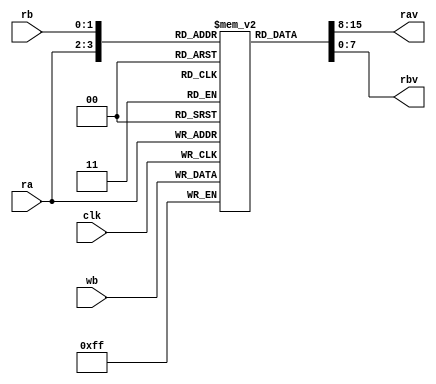
module registerFile(ra,rb,rav,rbv,wb,clk);

input [1:0]ra;
input [1:0]rb;
input [7:0]wb;
input clk;
output [7:0]rav;
output [7:0]rbv;

reg [7:0]mem[0:3];

initial begin
	mem[0]=1;
	mem[1]=2;
	mem[2]=3;
	mem[3]=4;
end

assign rav=mem[ra];
assign rbv=mem[rb];

always @(negedge clk) begin
	mem[ra]=wb;
end

endmodule